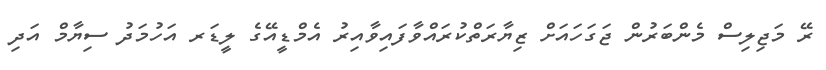
ރޭ މަޖިލިސް މެންބަރުން ޖަގަހައަށް ޒިޔާރަތްކުރައްވާފައިވާއިރު އެމްޑީއޭގެ ލީޑަރ އަހުމަދު ސިޔާމް އަދި